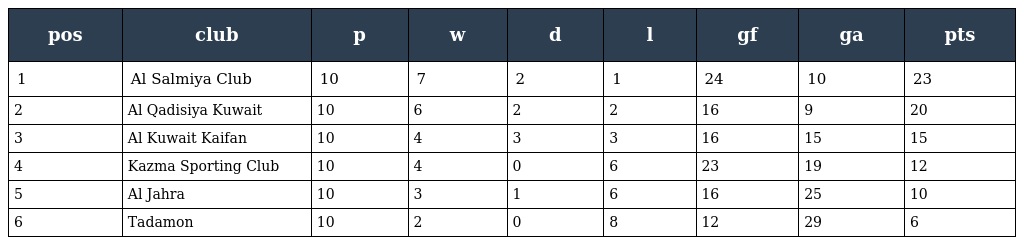
| pos | club | p | w | d | l | gf | ga | pts |
 | --- | --- | --- | --- | --- | --- | --- | --- | --- |
 | 1 | Al Salmiya Club | 10 | 7 | 2 | 1 | 24 | 10 | 23 |
 | 2 | Al Qadisiya Kuwait | 10 | 6 | 2 | 2 | 16 | 9 | 20 |
 | 3 | Al Kuwait Kaifan | 10 | 4 | 3 | 3 | 16 | 15 | 15 |
 | 4 | Kazma Sporting Club | 10 | 4 | 0 | 6 | 23 | 19 | 12 |
 | 5 | Al Jahra | 10 | 3 | 1 | 6 | 16 | 25 | 10 |
 | 6 | Tadamon | 10 | 2 | 0 | 8 | 12 | 29 | 6 |